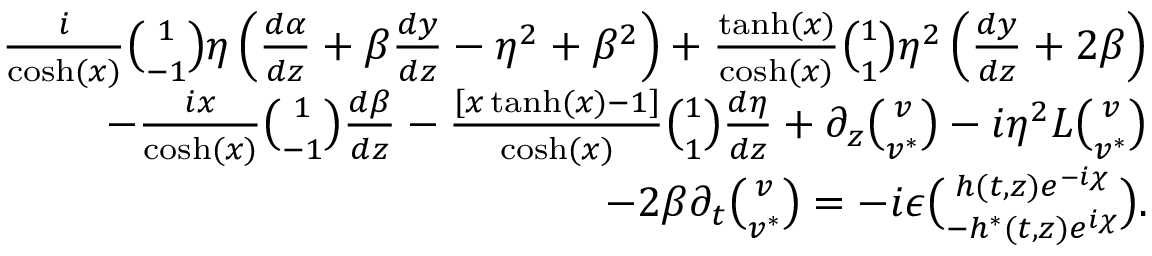
\begin{array} { r l r } & { } & { \frac { i } { \cosh ( x ) } { \binom { 1 } { - 1 } } \eta \left( \frac { d \alpha } { d z } + \beta \frac { d y } { d z } - \eta ^ { 2 } + \beta ^ { 2 } \right) + \frac { \operatorname { t a n h } ( x ) } { \cosh ( x ) } { \binom { 1 } { 1 } } \eta ^ { 2 } \left( \frac { d y } { d z } + 2 \beta \right) } \\ & { } & { - \frac { i x } { \cosh ( x ) } { \binom { 1 } { - 1 } } \frac { d \beta } { d z } - \frac { \left[ x \operatorname { t a n h } ( x ) - 1 \right] } { \cosh ( x ) } { \binom { 1 } { 1 } } \frac { d \eta } { d z } + \partial _ { z } { \binom { v } { v ^ { \ast } } } - i \eta ^ { 2 } { \cal L } { \binom { v } { v ^ { \ast } } } } \\ & { } & { - 2 \beta \partial _ { t } { \binom { v } { v ^ { \ast } } } = - i \epsilon { \binom { h ( t , z ) e ^ { - i \chi } } { - h ^ { \ast } ( t , z ) e ^ { i \chi } } } . } \end{array}